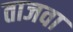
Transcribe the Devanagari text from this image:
ताजवा